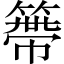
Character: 𥲭